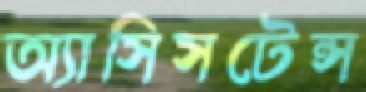
অ্যাসিসটেন্স